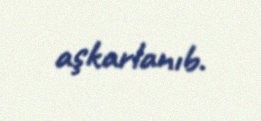
aşkarlanıb.